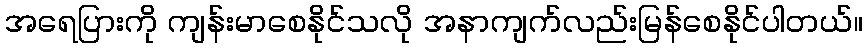
အရေပြားကို ကျန်းမာစေနိုင်သလို အနာကျက်လည်းမြန်စေနိုင်ပါတယ်။